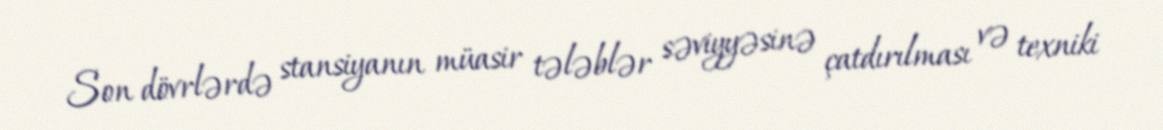
Son dövrlərdə stansiyanın müasir tələblər səviyyəsinə çatdırılması və texniki